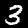
Label: 3